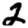
Digit: 2